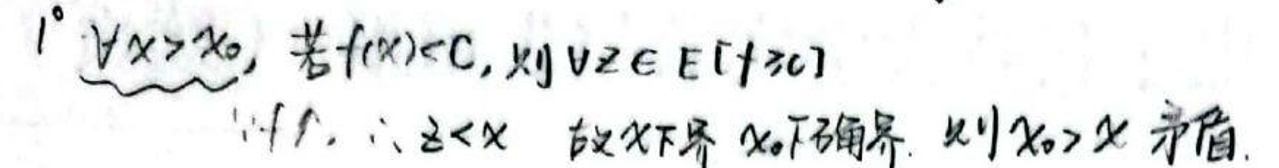
$1^{\circ} \forall x>x_{0},\text{若}f(x)<C,\text{则}\forall z\in E[x>x_{0}]\\ \therefore f, \therefore z<x \text{故}x\text{下确界}x_{0}\text{下确界}.\text{则}x_{0}>x \text{矛盾}.$